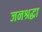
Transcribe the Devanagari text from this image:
जनश्रद्धा